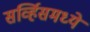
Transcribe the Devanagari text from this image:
सर्व्हिसमध्ये